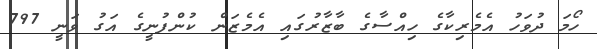
ހޯމަ ދުވަހު އެމެރިކާގެ ހިއްސާގެ ބާޒާރުގައި އެމެޒަން ކުންފުނީގެ އަގު ވަނީ 797